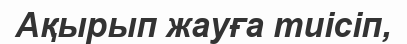
Ақырып жауға тиісіп,